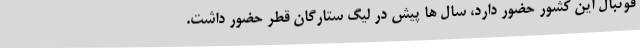
فوتبال این کشور حضور دارد، سال ها پیش در لیگ ستارگان قطر حضور داشت.